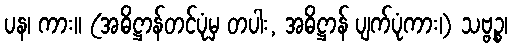
ပန၊ ကား။ (အဓိဋ္ဌာန်တင်ပုံမှ တပါး, အဓိဋ္ဌာန် ပျက်ပုံကား၊) သဗ္ဗဉ္စ၊